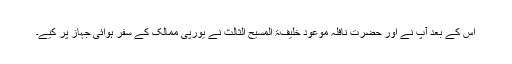
اس کے بعد آپؓ نے اور حضرت نافلہ موعود خلیفۃ المسیح الثالثؒ نے یورپی ممالک کے سفر ہوائی جہاز پر کیے۔